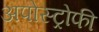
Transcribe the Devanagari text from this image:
अपोस्ट्रोफी